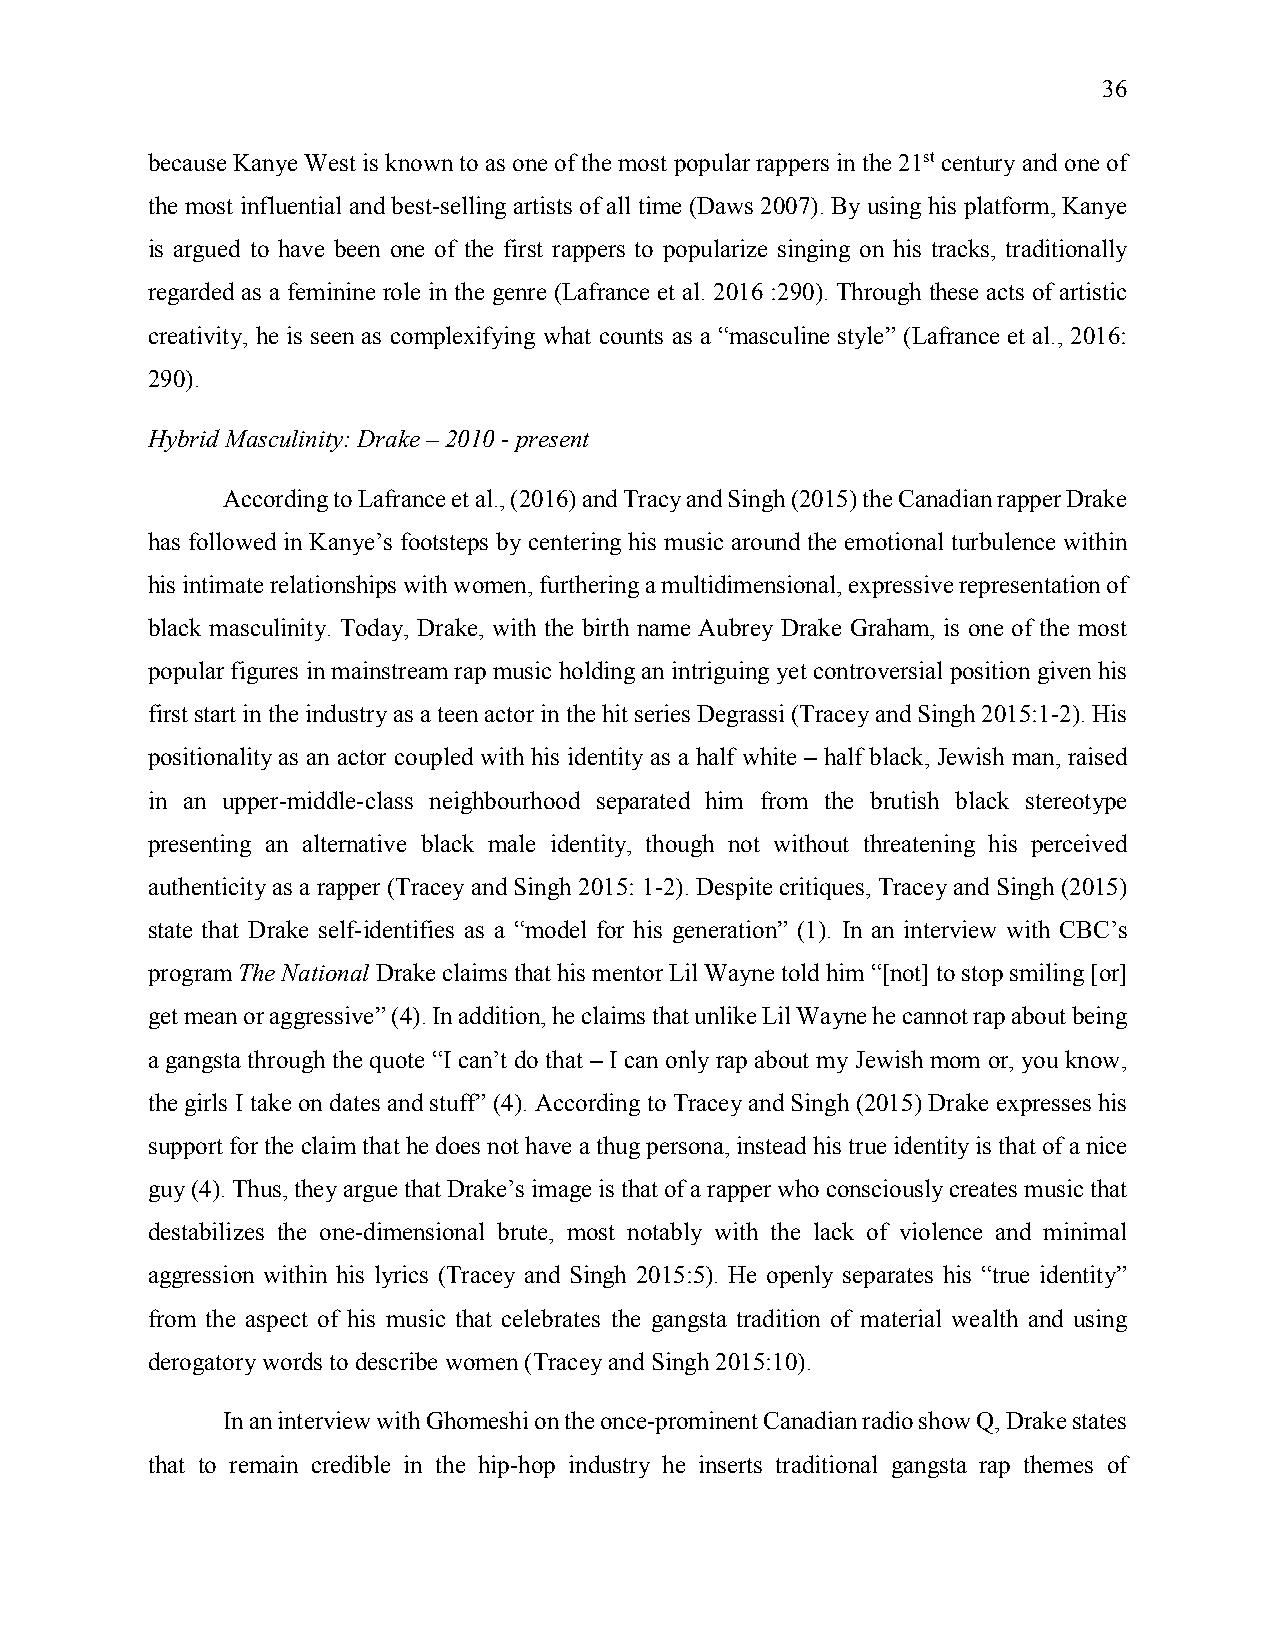
36
 because Kanye West is known to as one of the most popular rappers in the 21st century and one of
 the most influential and best-selling artists of all time (Daws 2007). By using his platform, Kanye
 is argued to have been one of the first rappers to popularize singing on his tracks, traditionally
 regarded as a feminine role in the genre (Lafrance et al. 2016 :290). Through these acts of artistic
 creativity, he is seen as complexifying what counts as a “masculine style” (Lafrance et al., 2016:
 290).
 Hybrid Masculinity: Drake – 2010 - present
 According to Lafrance et al., (2016) and Tracy and Singh (2015) the Canadian rapper Drake
 has followed in Kanye’s footsteps by centering his music around the emotional turbulence within
 his intimate relationships with women, furthering a multidimensional, expressive representation of
 black masculinity. Today, Drake, with the birth name Aubrey Drake Graham, is one of the most
 popular figures in mainstream rap music holding an intriguing yet controversial position given his
 first start in the industry as a teen actor in the hit series Degrassi (Tracey and Singh 2015:1-2). His
 positionality as an actor coupled with his identity as a half white – half black, Jewish man, raised
 in an upper-middle-class neighbourhood separated him from the brutish black stereotype
 presenting an alternative black male identity, though not without threatening his perceived
 authenticity as a rapper (Tracey and Singh 2015: 1-2). Despite critiques, Tracey and Singh (2015)
 state that Drake self-identifies as a “model for his generation” (1). In an interview with CBC’s
 program The National Drake claims that his mentor Lil Wayne told him “[not] to stop smiling [or]
 get mean or aggressive” (4). In addition, he claims that unlike Lil Wayne he cannot rap about being
 a gangsta through the quote “I can’t do that – I can only rap about my Jewish mom or, you know,
 the girls I take on dates and stuff” (4). According to Tracey and Singh (2015) Drake expresses his
 support for the claim that he does not have a thug persona, instead his true identity is that of a nice
 guy (4). Thus, they argue that Drake’s image is that of a rapper who consciously creates music that
 destabilizes the one-dimensional brute, most notably with the lack of violence and minimal
 aggression within his lyrics (Tracey and Singh 2015:5). He openly separates his “true identity”
 from the aspect of his music that celebrates the gangsta tradition of material wealth and using
 derogatory words to describe women (Tracey and Singh 2015:10).
 In an interview with Ghomeshi on the once-prominent Canadian radio show Q, Drake states
 that to remain credible in the hip-hop industry he inserts traditional gangsta rap themes of